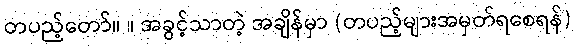
တပည့်တော်။ ။ အခွင့်သာတဲ့ အချိန်မှာ (တပည့်များအမှတ်ရစေရန်)